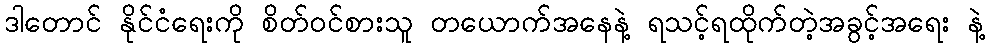
ဒါတောင် နိုင်ငံရေးကို စိတ်ဝင်စားသူ တယောက်အနေနဲ့ ရသင့်ရထိုက်တဲ့အခွင့်အရေး နဲ့